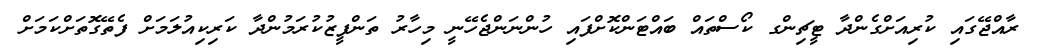
ރާއްޖޭގައި ކުރިއަށްގެންދާ ޓީޗިންގ ކޯސްތައް ބައްޓަންކޮށްފައި ހުންނަންޖެހޭނީ މިހާރު ތަންފީޒުކުރަމުންދާ ކަރިކިއުލަމަށް ފެތޭގޮތަށްކަމަށް